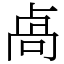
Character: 卨